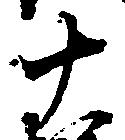
十